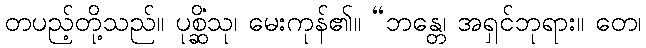
တပည့်တို့သည်။ ပုစ္ဆိံသု၊ မေးကုန်၏။ “ဘန္တေ၊ အရှင်ဘုရား။ တေ၊